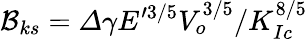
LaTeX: \mathcal{B}_{ks}=\varDelta\gamma E^{\prime 3/5}V_{o}^{3/5}/K_{Ic}^{8/5}